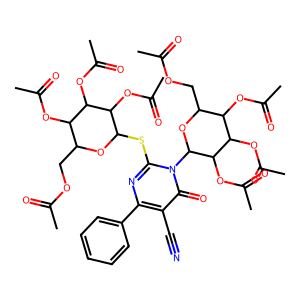
SMILES: CC(=O)OCC1OC(Sc2nc(-c3ccccc3)c(C#N)c(=O)n2C2OC(COC(C)=O)C(OC(C)=O)C(OC(C)=O)C2OC(C)=O)C(OC(C)=O)C(OC(C)=O)C1OC(C)=O
Inhibits HIV replication: No